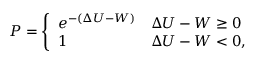
P = \left\{ \begin{array} { l l } { e ^ { - ( \Delta U - W ) } } & { \Delta U - W \ge 0 } \\ { 1 } & { \Delta U - W < 0 , } \end{array} \right.